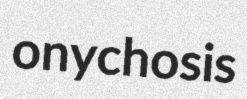
onychosis